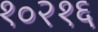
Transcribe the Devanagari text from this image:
१०२१६